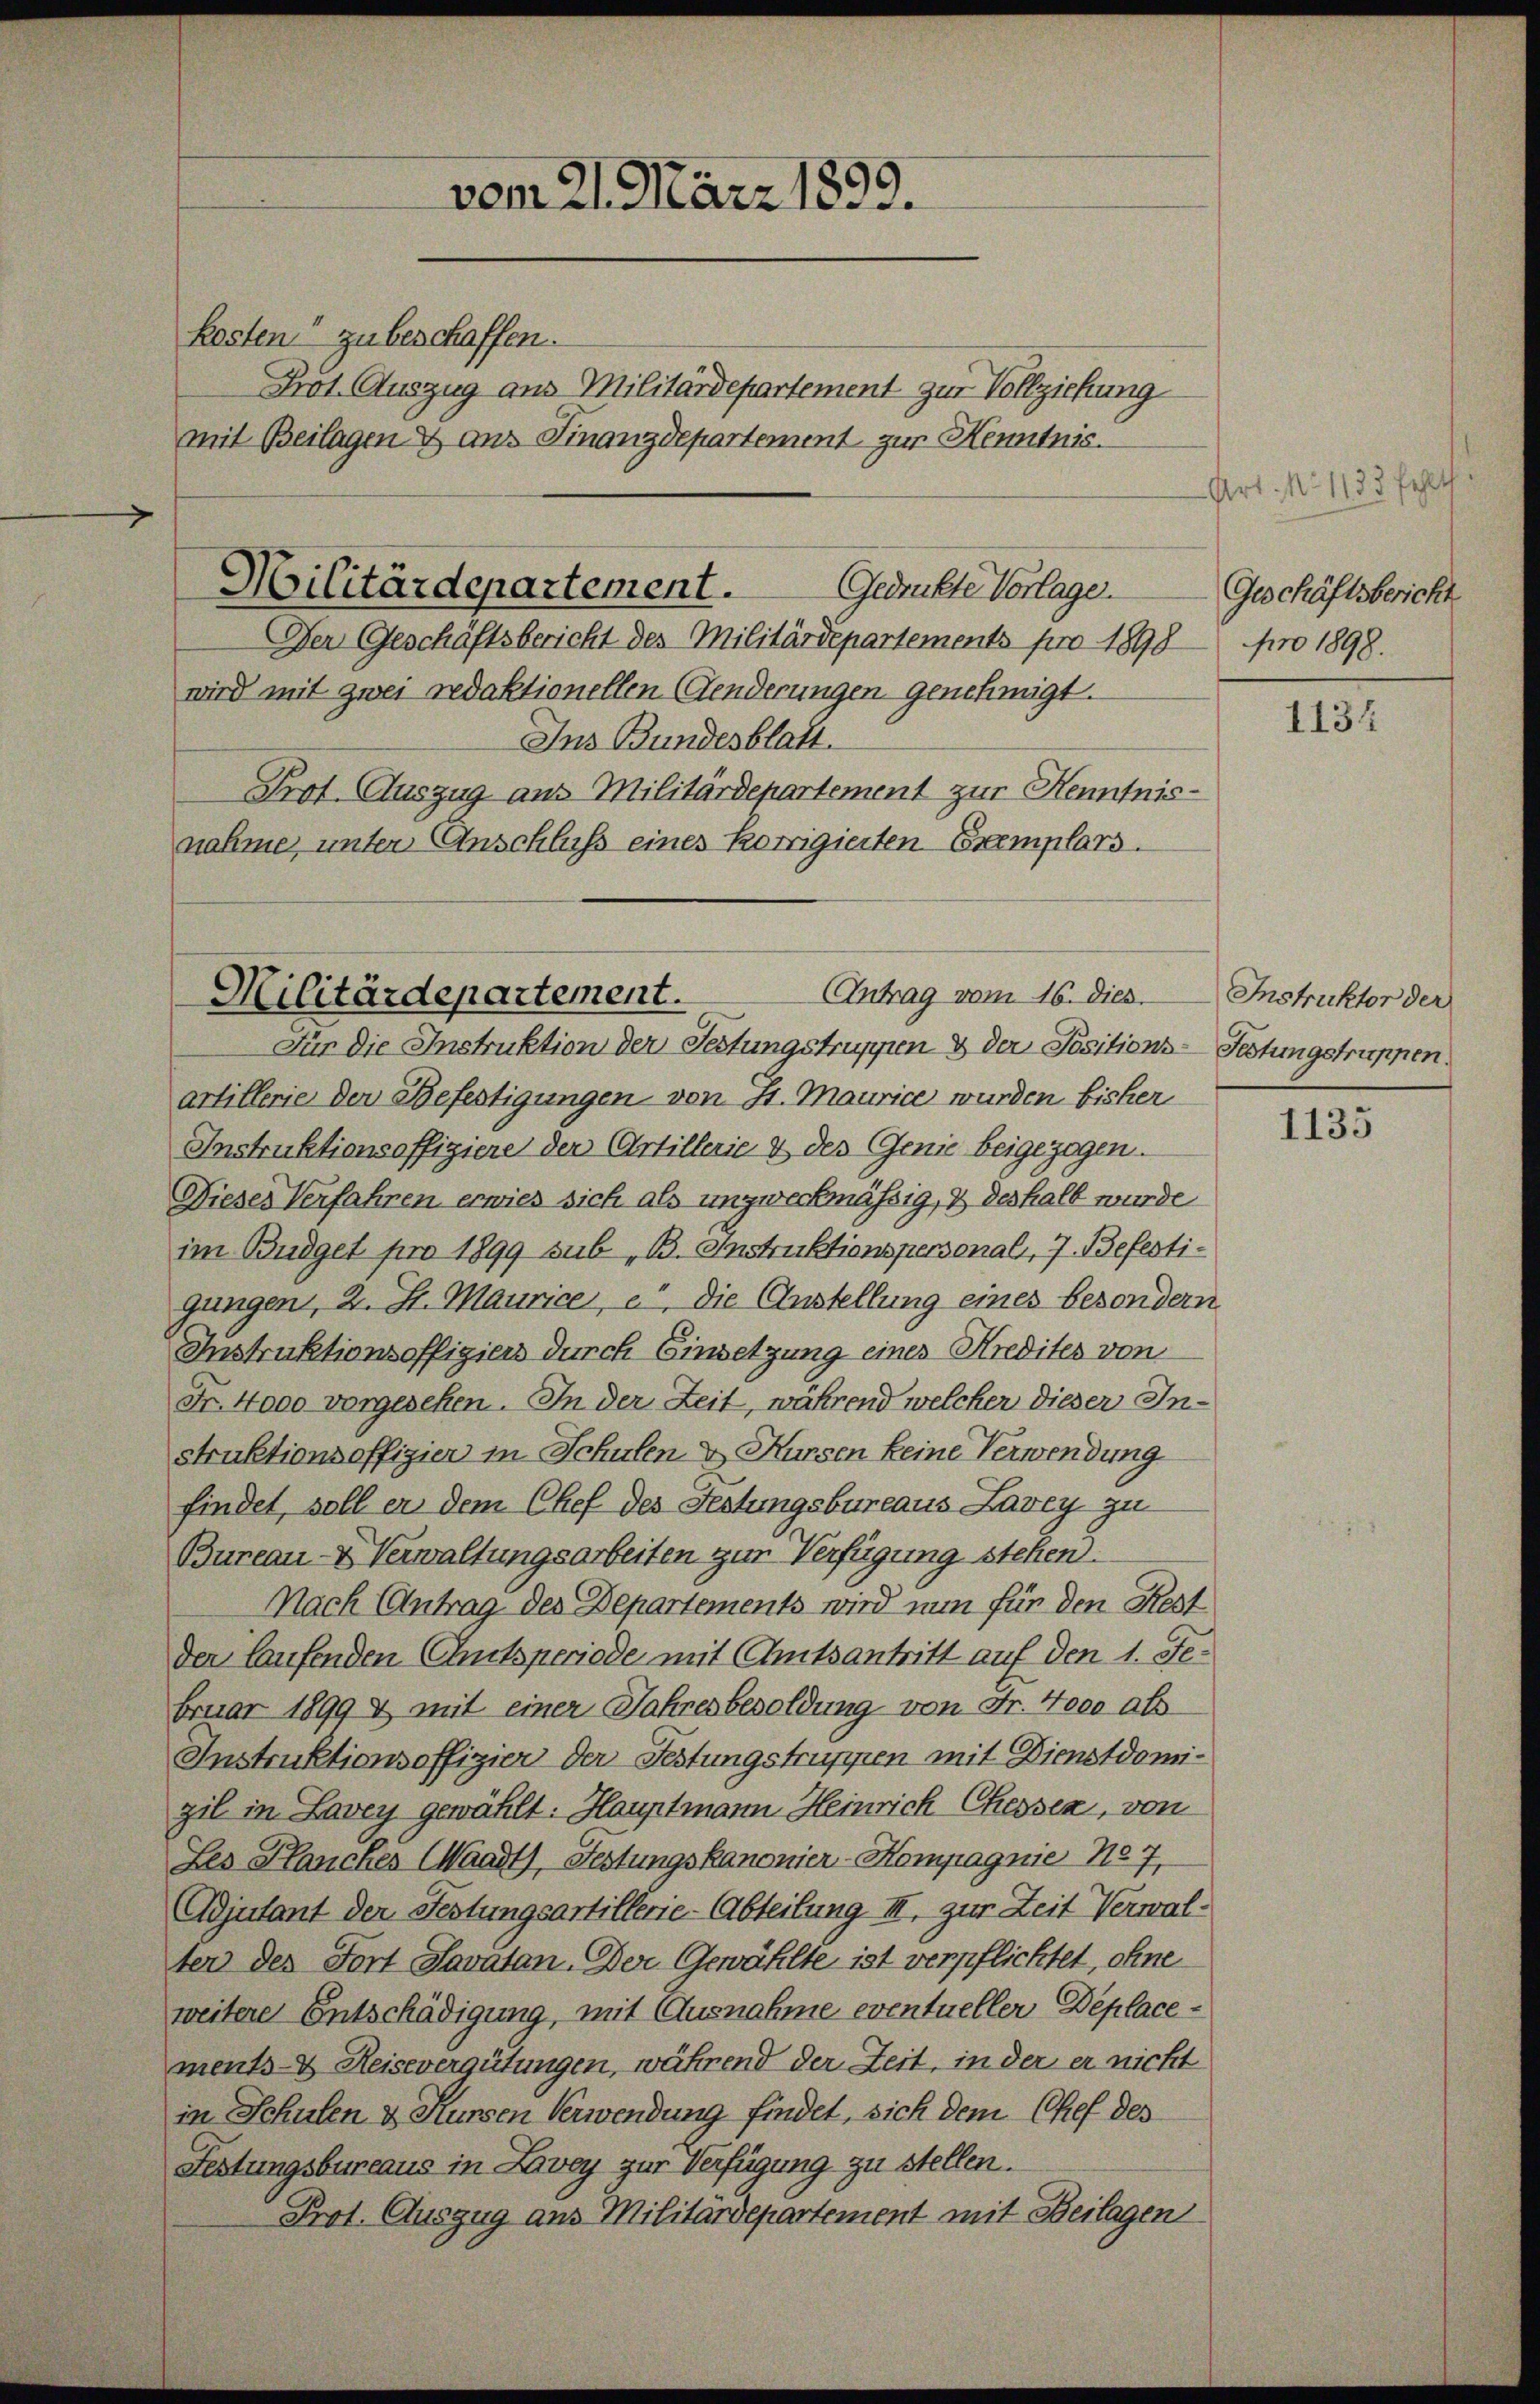
kosten“ zu beschaffen.
Prot. Auszug aus Militärdepartement zur Vollziehung
mit Beilagen & aus Finanzdepartement zur Henntnis.

Militärdepartement.
Gedrukte Vorlage.

Der Geschäftsbericht des Militärdepartements pro 1898 pro 1898.
wird mit zwei redaktionellen (Genderungen genehmigt.
Ins Bundesblatt.
Prot. Auszug aus Militärdepartement zur Kenntnis-
nahme, unter Anschluss eines korrigierten Exemplars.

vom 21. März 1899.

Antrag vom 16. dies Instruktor der
Militärdepartement.

Für die Instruktion der Festungstruppen & der Positions-Festungstruppen
artillerie der Befestigungen von St. Maurice wurden bisher
Instruktionsoffiziere der Artillerie & des Genie beigezogen.
Dieses Verfahren erwies sich als unzweckmäßig, & deshalb wurde
im Büdget pro 1899 sub „B. Instruktionspersonals, 7. Befestigungen, 2. St. Maurice, e die Anstellung eines besondern
Instruktionsoffigiers durch Einsetzung eines Kredites von
Fr. 4000 vorgesehen. In der Zeit, während welcher dieser Instruktionsoffizier in Schulen u. Kursen keine Verwendung
findet, soll er dem Chef des Festungsbureaus Zavey zu
Bureau- & Verwaltungsarbeiten zur Verfügung stehen.
Nach Antrag der Departements wird nun für den Rest
Der laufenden Chutsperiode mit Amtsantritt auf den 1. Februar 1899 & mit einer Jahresbesoldung von Fr. 4000 als
Instruktionsoffigier der Festungstruppen mit Dienstdomizil in Lavey gewählt: Hauptmann Heinrich Chessen, von
Les Planches Waadt, Festungskanonier-Kompagnie No 7
Adjutant der Festungsartillerie-Abteilung III. zur Zeit Verwalter des Fort Savatan. Der Gewählte ist verpflichtet, ohne
weitere Entschädigung, mit Ausnahme eventueller Deplacements- & Reisevergütungen, während der Zeit, in der er nicht
in Schulen & Kursen Verwendung findet, sich dem Chef des
Festungsbureaus in Lavey zur Verfügung zu stellen.
Prot. Auszug aus Militärdepartement mit Beilagen

Art. N. 1133 fehlt
Geschäftsbericht

1134

1135